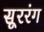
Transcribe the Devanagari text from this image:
सूररंग